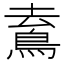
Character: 𩿟